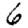
Digit: 6